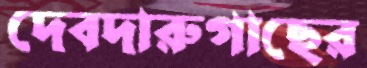
দেবদারুগাছের